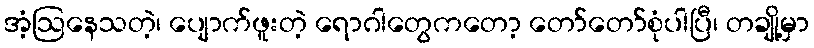
အံ့ဩနေသတဲ့၊ ပျောက်ဖူးတဲ့ ရောဂါတွေကတော့ တော်တော်စုံပါပြီ၊ တချို့မှာ